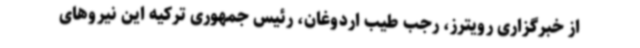
از خبرگزاری رویترز، رجب طیب اردوغان،‌ رئیس‌ جمهوری ترکیه این نیروهای